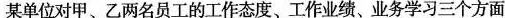
某单位对甲、乙两名员工的工作态度、工作业绩、业务学习三个方面